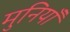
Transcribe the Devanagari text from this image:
मुनियाँ